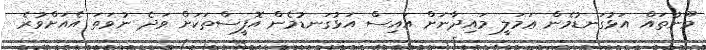
މޫނުތައް އަޅުގަނޑުމެން ޢަމަލީ މައިދާނަށް އައިސް އަޅުގަނޑުމެން އޮފީސްތަކަށް ވަދެ ނުވަތަ އެއަށްވުރެ